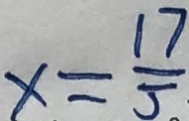
x = \frac { 1 7 } { 5 }